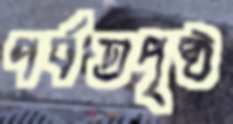
পর্বতপৃষ্ঠ